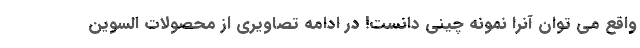
واقع می توان آنرا نمونه چینی دانست! در ادامه تصاویری از محصولات السوین